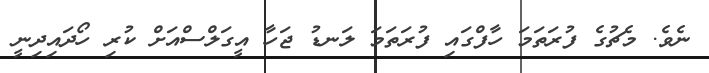
ނެވެ. މެޗުގެ ފުރަތަމަ ހާފްގައި ފުރަތަމަ ލަނޑު ޖަހާ އީގަލްސްއަށް ކުރި ހޯދައިދިނީ